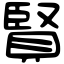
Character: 賢